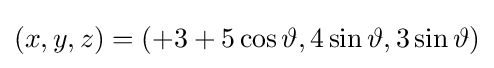
(x,y,z)=(+3+5\cos \vartheta ,4\sin \vartheta ,3\sin \vartheta )\,\!